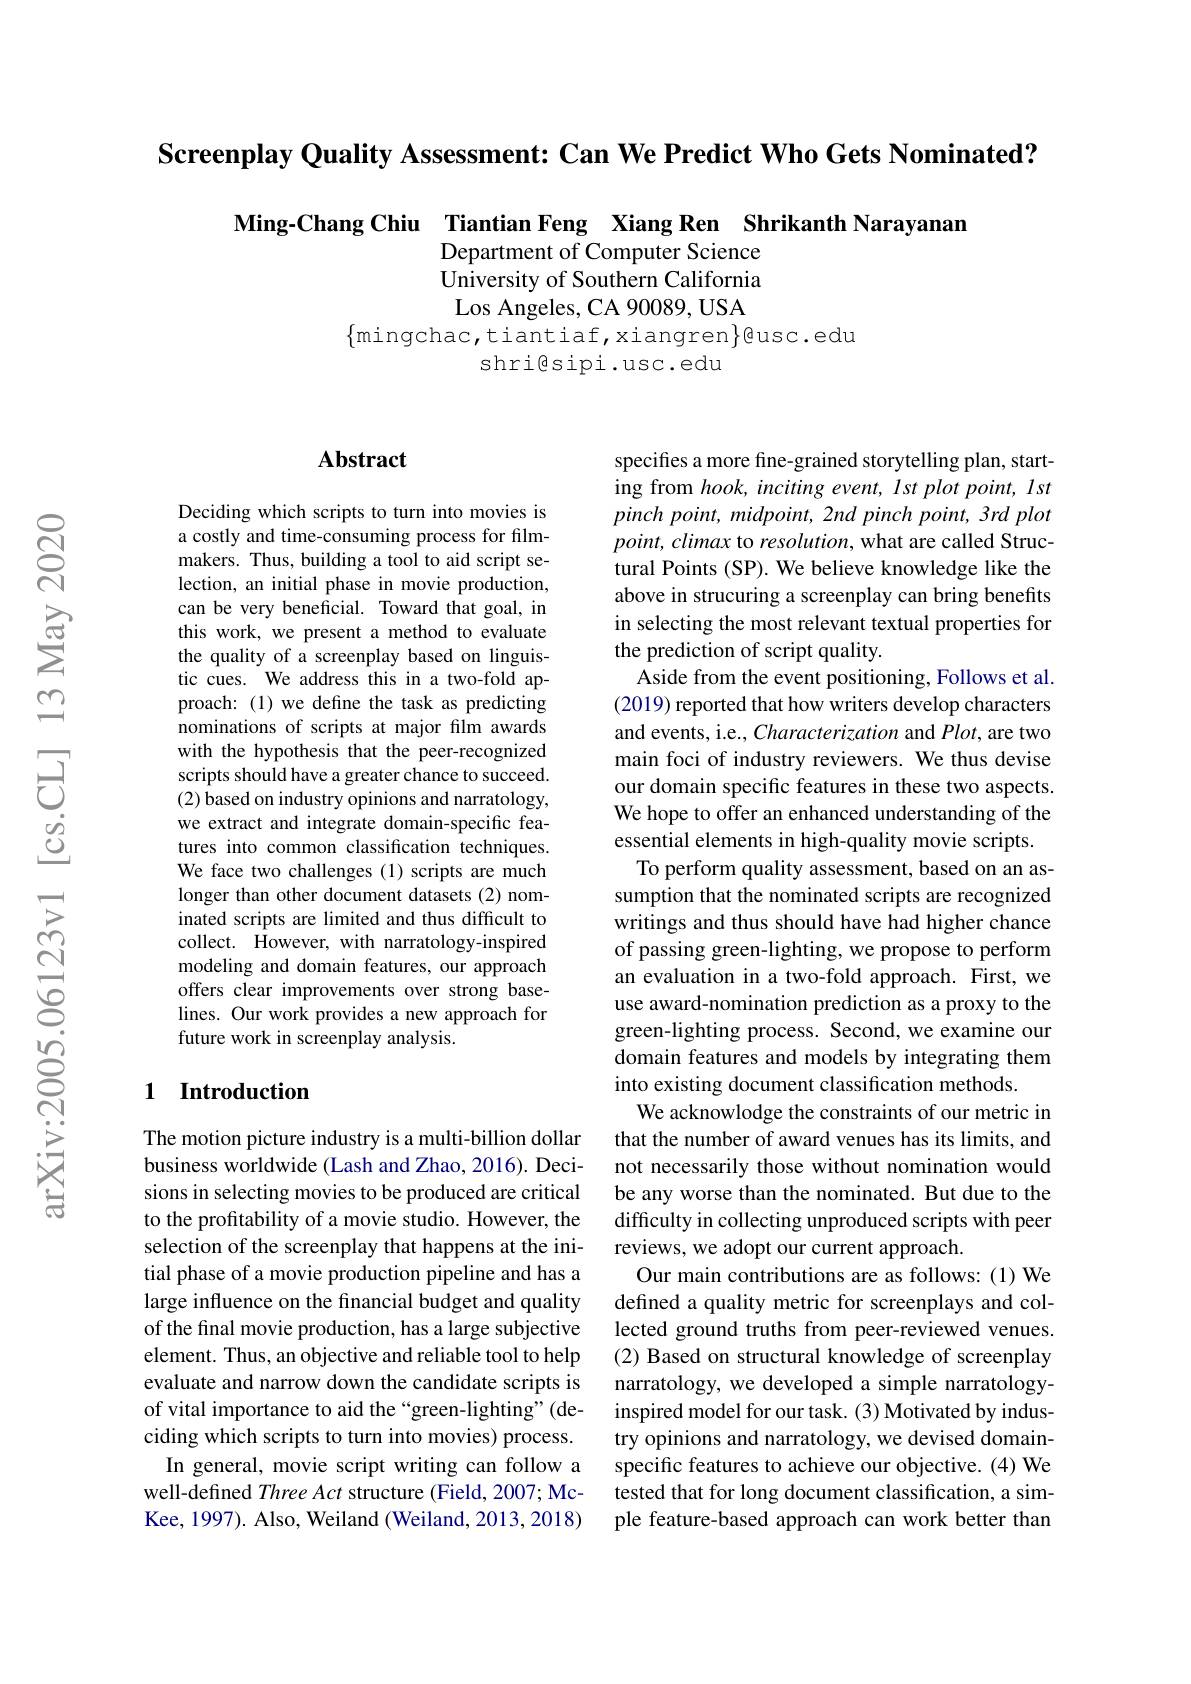
Screenplay Quality Assessment: Can We Predict Who Gets Nominated?

Ming-Chang Chiu Tiantian Feng Xiang Ren Shrikanth Narayanam
Department of Computer Science University of Southern California Los Angeles, CA 90089, USA
$\{$mingchac,tiantiaf,xiangren$\}$@usc.edu
shrigsipi.usc.edu

### $\mathbf{Abstract}$

Deciding which scripts to turn into movies is a costly and time-consuming process for filmmakers. Thus, building a tool to aid script selection, an initial phase in movie production, can be very beneficial. Toward that goal, in this work, we present a method to evaluate the quality of a screenplay based on linguistic cues. We address this in a two-fold approach: (1) we define the task as predicting nominations of scripts at major flm awards with the hypothesis that the peer-recognized scripts should have a greater chance to succeed. (2) based on industry opinions and narratology, we extract and integrate domain-specific features into common classification techniques. We face two challenges (1) scripts are much longer than other document datasets (2) nominated scripts are limited and thus difficult to collect. However, with narratology-inspired modeling and domain features, our approach offers clear improvements over strong baselines. Our work provides a new approach for future work in screenplay analysis.

## 1 Introduction

The motion picture industry is a multi-billion dollar business worldwide (Lash and Zhao, 2016). Decisions in selecting movies to be produced are critical to the profitability of a movie studio. However, the selection of the screenplay that happens at the initial phase of a movie production pipeline and has a large influence on the financial budget and quality of the final movie production, has a large subjective element. Thus, an objective and reliable tool to help evaluate and narrow down the candidate scripts is of vital importance to aid the “green-lighting”(deciding which scripts to turn into movies) process. In general, movie script writing can follow a well-defined Three Act structure (Field, 2007; McKee, 1997) . Also, Weiland ( Weiland, 2013, 2018)

specifies a more fine-grained storytelling plan, starting from hook, inciting event, Ist plot point, lst pinch $point$, $midpoint$, $2nd$ pinch $point$, $3rd$ plot $point,climax$ to resolution, what are called Structural Points (SP). We believe knowledge like the above in strucuring a screenplay can bring benefits in selecting the most relevant textual properties for the prediction of script quality.
Aside from the event positioning, Follows et al. (2019) reported that how writers develop characters and events, i.e., Characterization and Plot, are two main foci of industry reviewers. We thus devise our domain specific features in these two aspects. We hope to offer an enhanced understanding of the essential elements in high-quality movie scripts. To perform quality assessment, based on an assumption that the nominated scripts are recognized writings and thus should have had higher chance of passing green-lighting, we propose to perform an evaluation in a two-fold approach. First, we use award-nomination prediction as a proxy to the green-lighting process. Second, we examine our domain features and models by integrating them into existing document classification methods.
We acknowlodge the constraints of our metric in that the number of award venues has its limits, and not necessarily those without nomination would be any worse than the nominated. But due to the difficulty in collecting unproduced scripts with peer reviews, we adopt our current approach.
Our main contributions are as follows: (1) We defined a quality metric for screenplays and collected ground truths from peer-reviewed venues. (2) Based on structural knowledge of screenplay narratology, we developed a simple narratologyinspired model for our task. (3) Motivated by industry opinions and narratology, we devised domainspecific features to achieve our objective. (4) We tested that for long document classification, a simple feature-based approach can work better than